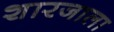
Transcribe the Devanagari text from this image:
शारजाला